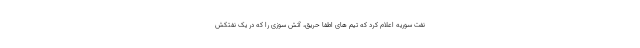
نفت سوریه اعلام کرد که تیم های اطفا حریق، آتش سوزی را که در یک نفتکش